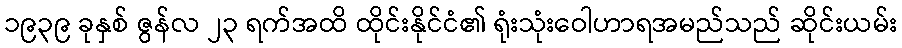
၁၉၃၉ ခုနှစ် ဇွန်လ ၂၃ ရက်အထိ ထိုင်းနိုင်ငံ၏ ရုံးသုံးဝေါဟာရအမည်သည် ဆိုင်းယမ်း